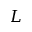
L